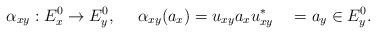
\begin{align*} \alpha_{xy}:E^0_x \to E^0_y, ~~ ~ ~ \alpha_{xy}(a_x) = u_{xy} a_x u_{xy}^* ~~~= a_y \in E^0_y.\end{align*}